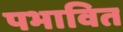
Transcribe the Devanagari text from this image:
पभावित